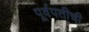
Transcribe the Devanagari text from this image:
पूर्वपतीची